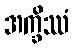
အက္ခိဿံ